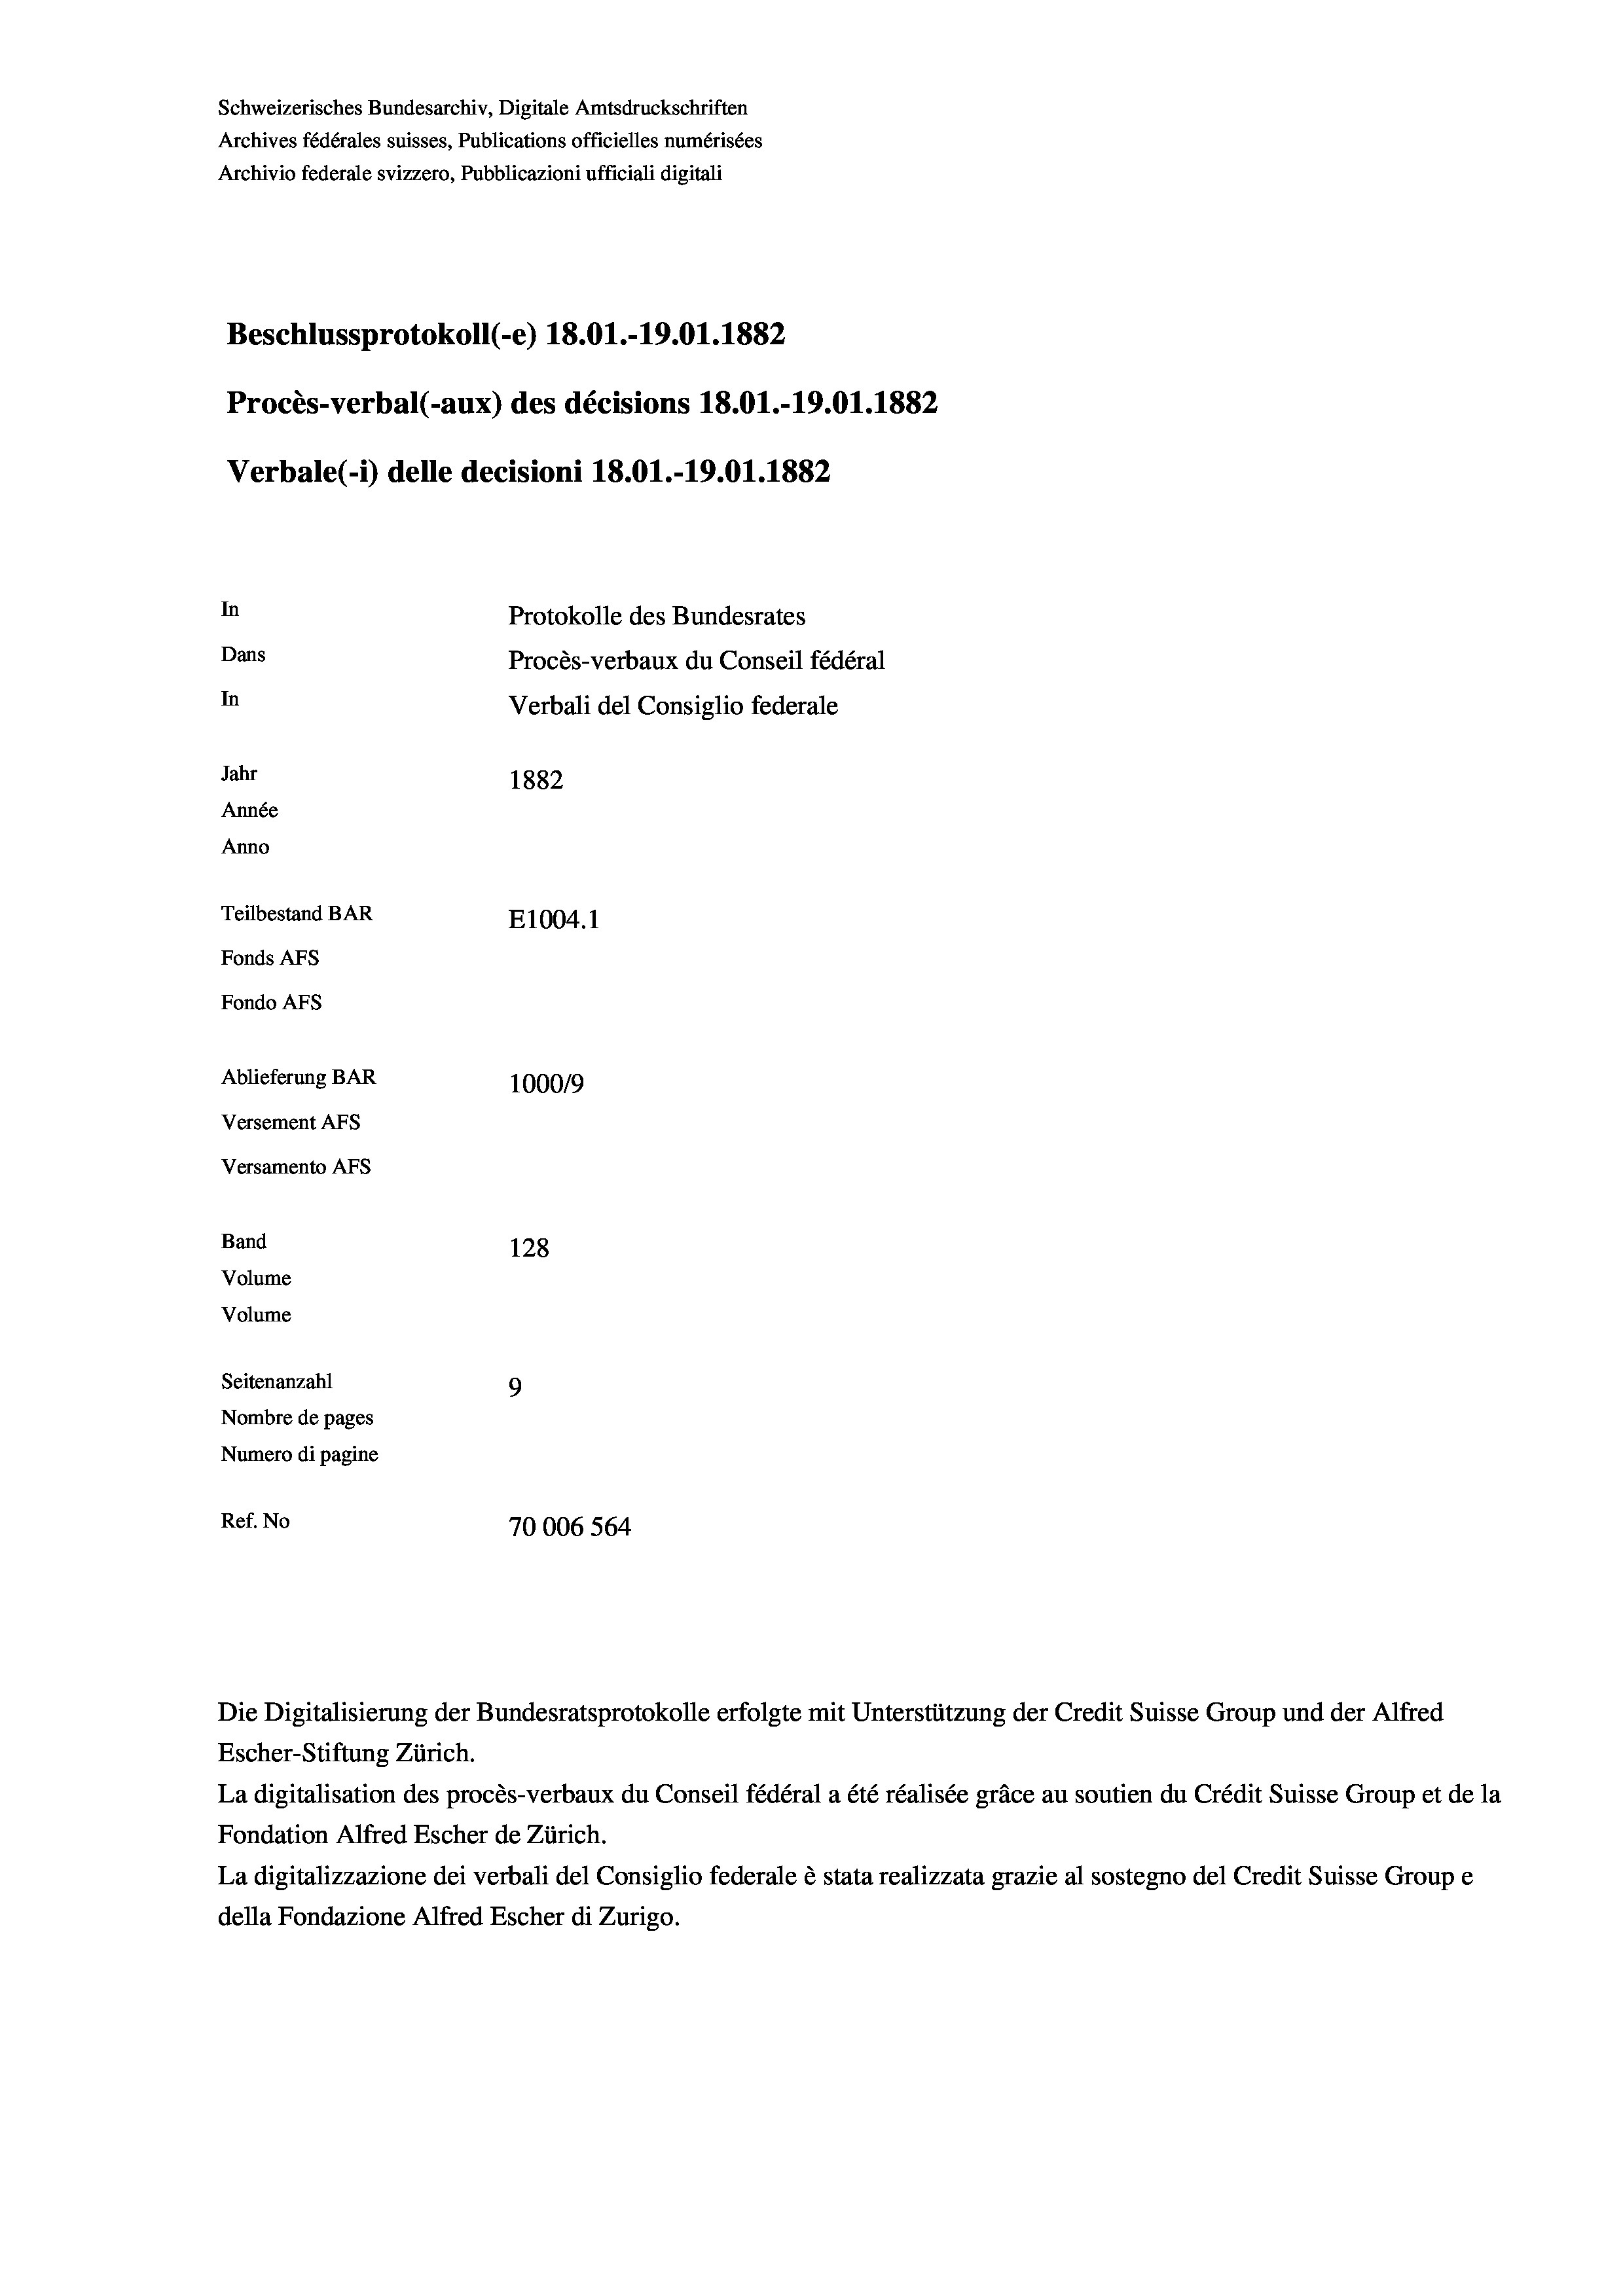
Schweizerisches Bundesarchiv, Digitale Amtsdruckschriften
Archives fédérales suisses, Publications officielles numérisées
Archivio federale svizzero, Pubblicazioni ufficiali digitali
Beschlussprotokoll (-e) 18.01.-19.01. 1882
Procès-verbal (-aux) des décisions 18.01.-19.01. 1882
Verbale (i) delle decisioni 18.01.-19.01. 1882
In
Protokolle des Bundesrates
Dans
Procès-verbaux du Conseil fédéral
In
Verbali del Consiglio federale
Jahr
1882
Année
Anno
Teilbestand BAR
E1004. 1
Fonds AFs
Fondo Afs
Ablieferung BAR
100019
Versement AFs
Versamento Afs
Band
128
Volume
Volume
Seitenanzahl
9
Nombre de pages
Numero di pagine
Ref. No
70006 564

Escher-Stiftung Zürich.
La digitalisation des procès-verbaux du Conseil fédéral a été réalisée gräce au soutien du Crédit Suisse Group et de la
Fondation Alfred Escher de Zürich.
La digitalizzazione dei verbali del Consiglio federale è stata realizzata grazie al sostegno del Credit Suisse Groupe
della Fondazione Alfred Escher di Zurigo.

Die Digitalisierung der Bundesratsprotokolle erfolgte mit Unterstützung der Credit Suisse Group und der Alfred